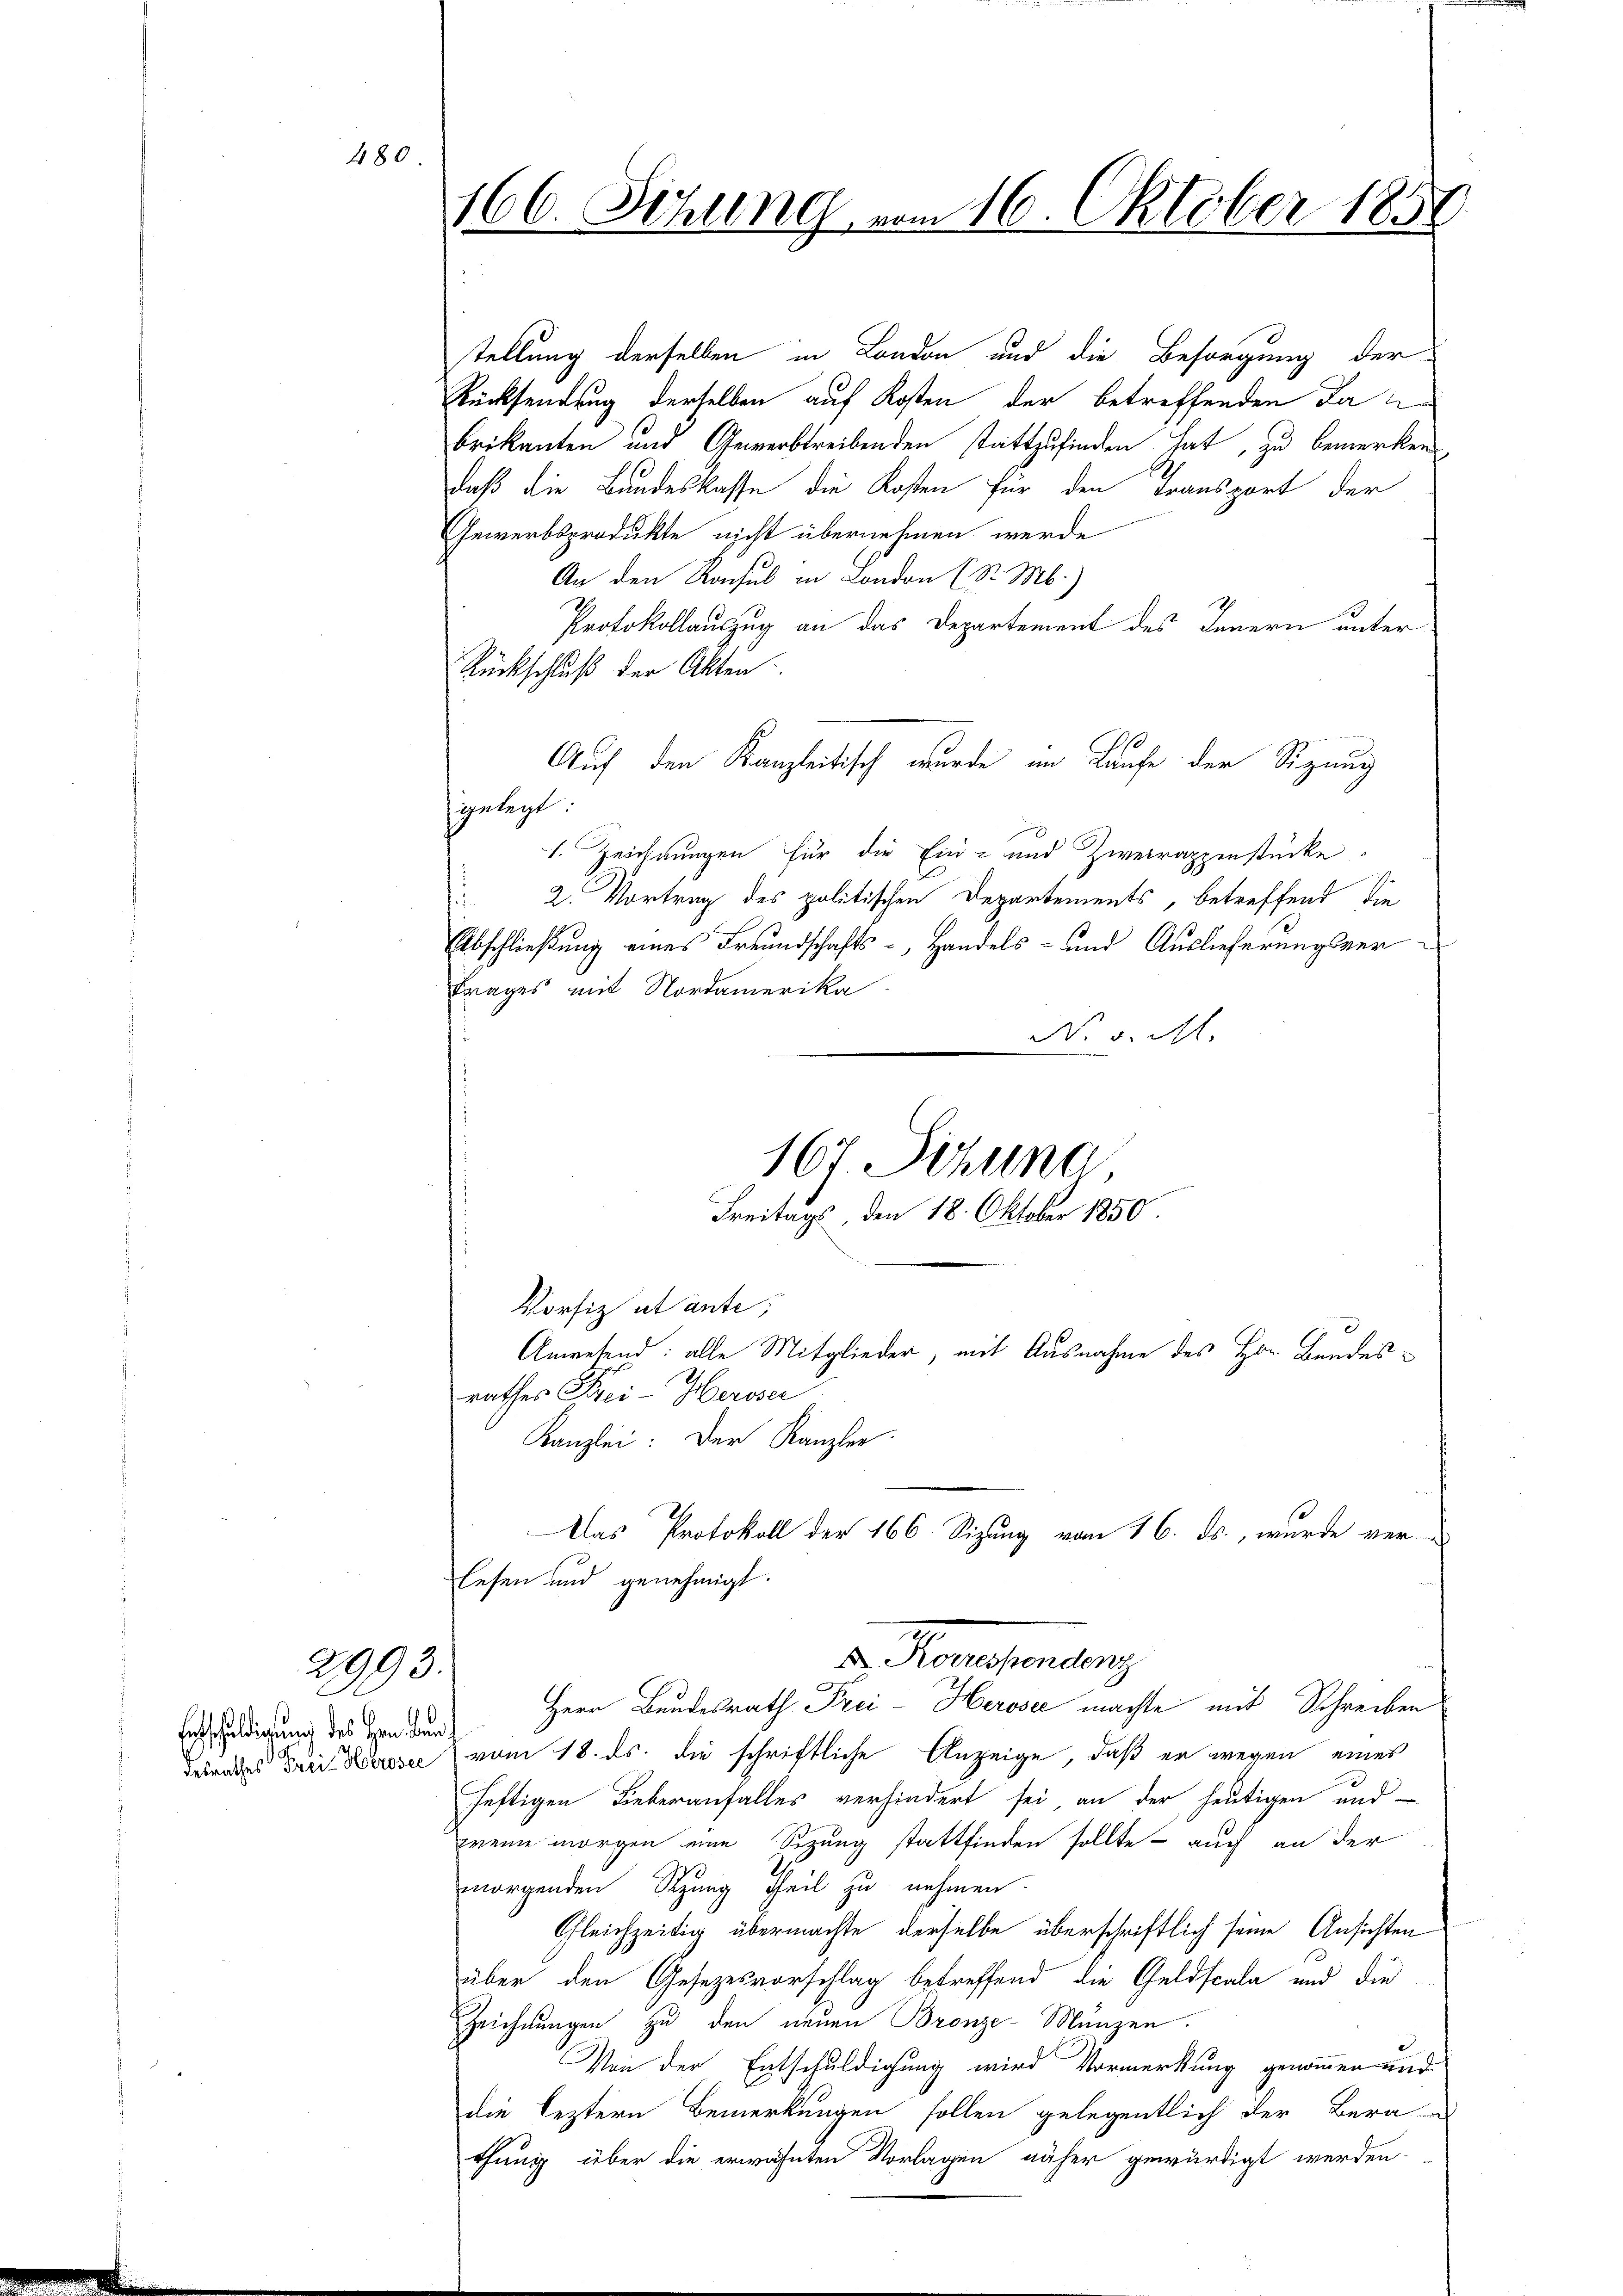
480.

2993.

Entschuldigung des Hern dem

166. Sitzung vom 16. Oktober 185

stellung derselben in London und die Besorgung der
Rücksendung derselben auf Kosten der betreffenden Dan
brikanten und Gewerbtreibenden stattzufinden hat, zu bemerken
daß die Bandeskasse die Kosten für den Transport der
Gewerbsprodukte nicht übernehmen werde
An den Konsul in London (S. M.)
Protokollauszug an das Departement des Innern unter
Rückschluß der Akten.
Auf den Kanzleitisch wurde am Laufe der Sitzung
gelegt.
1. Zeichnungen für die Ein- und Zweirappenstücke.
2. Vortrag des politischen Departements, betreffend die
s
Abschließung eines Freundschafts-, Handels- und Auslieferungsvertrages mit Nordamerika
N. v. M.
Vorfiz et ante;
Anwesend: alle Mitglieder, mit Ausnahme des Hr. Bandesrathes Frei- Heroser
Kanzlei: Der Kanzler.
Das Protokoll der 166. Sizung vom 16. ds., wurde ver-
lesen und genehmigt.
d. Konsendung
Herr Bundesrath Frei-Herose machte mit Schreiben
derrades der Kurz vom 18. ds. die schriftliche Anzeige, daß er wegen eines
heftigen Lieberanfalles verhindert sei an der heutigen und
wein morgen eine Sizung stattfinden sollte - auch an der
morgenden Rang Theil zu nehmen.
Gleichzeitig übermachte derselbe überschriftlich seine Ansichten
über den Gesezesvorschlag betreffend die Geldscala und die
Zeichnungen zu den neuen Bronze-Münzen.
Von der Entschuldigung wird Vormerkung genommen und
die leztern Bemerkungen sollen gelegentlich der Bera-
thung über die erwähnten Vorlagen näher gewürdigt werden.

167. Sitzung
Freitags, den 18. Oktober 1850